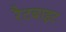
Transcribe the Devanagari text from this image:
रैटबाइट